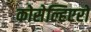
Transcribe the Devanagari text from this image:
कोसेल्हिएरो